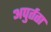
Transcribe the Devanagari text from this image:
अपुर्तता